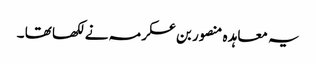
یہ معاہد ہ منصور بن عکرمہ نے لکھا تھا ۔